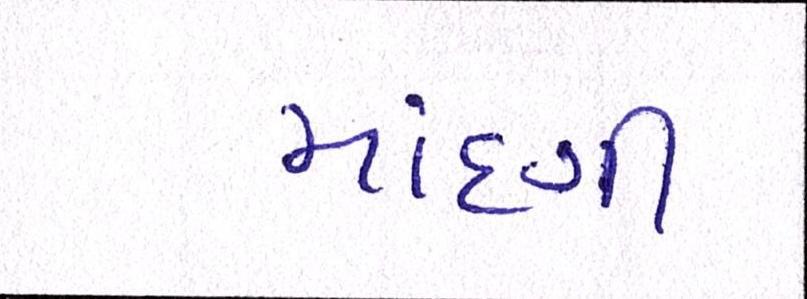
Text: માંદગી